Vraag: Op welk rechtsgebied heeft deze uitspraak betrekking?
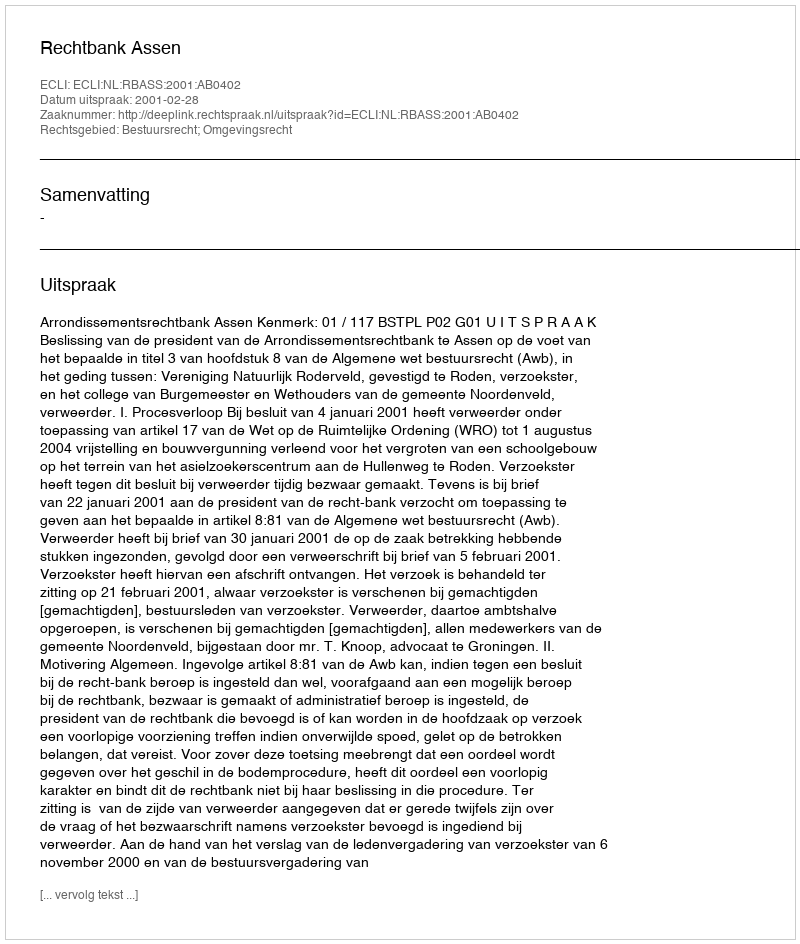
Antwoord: Bestuursrecht; Omgevingsrecht